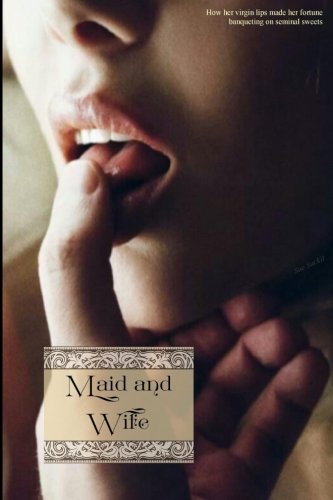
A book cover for Maid and Wife; Sue Suckit (pseudonym); Romance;